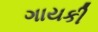
ગાયકી